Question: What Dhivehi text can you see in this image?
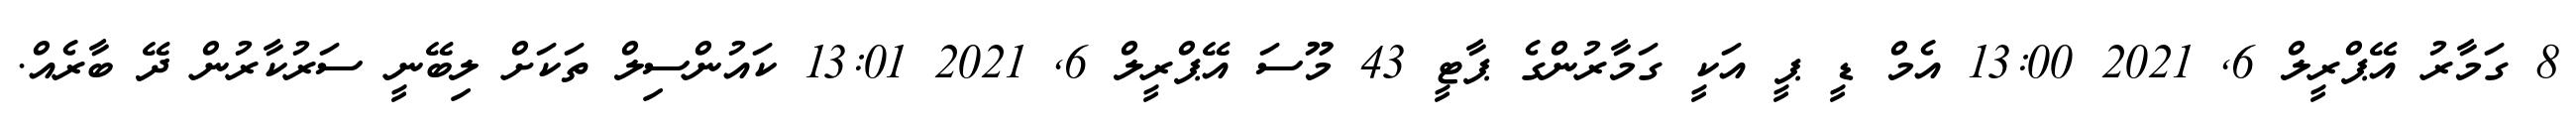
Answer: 8 ގަމާރު އޭޕްރީލް 6, 2021 13:00 އެމް ޑީ ޕީ އަކީ ގަމާރުންގެ ޕާޓީ 43 މޫސަ އޭޕްރީލް 6, 2021 13:01 ކައުންސިލް ތަކަށް ލިބޭނީ ސަރުކާރުން ދޭ ބާރެއް.